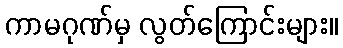
ကာမဂုဏ်မှ လွတ်ကြောင်းများ။